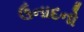
ઉનાદનો